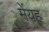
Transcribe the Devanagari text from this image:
मेंयह